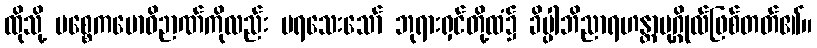
ထိုသို့ ပစ္စေကဗောဓိဉာဏ်ကိုလည်း မရသေးသော် ဘုရားရှင်တို့ထံ၌ ခိပ္ပါဘိညာရဟန္တာပုဂ္ဂိုလ်ဖြစ်တတ်၏။